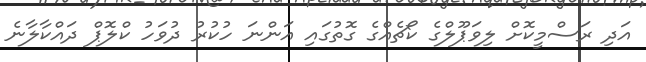
އަދި ރަސްމީކޮށް ލިވަޕޫލްގެ ކޯޗެއްގެ ގޮތުގައި އަންނަ ހުކުރު ދުވަހު ކްލޮޕް ދައްކާލާނެ